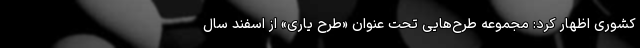
کشوری اظهار کرد: مجموعه طرح‌هایی تحت عنوان «طرح یاری» از اسفند سال